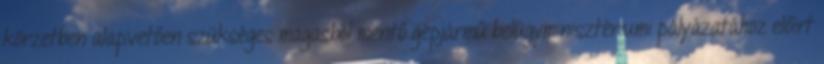
körzetben alapvetően szükséges magasból mentő gépjármű belügyminisztériumi pályázatához előírt